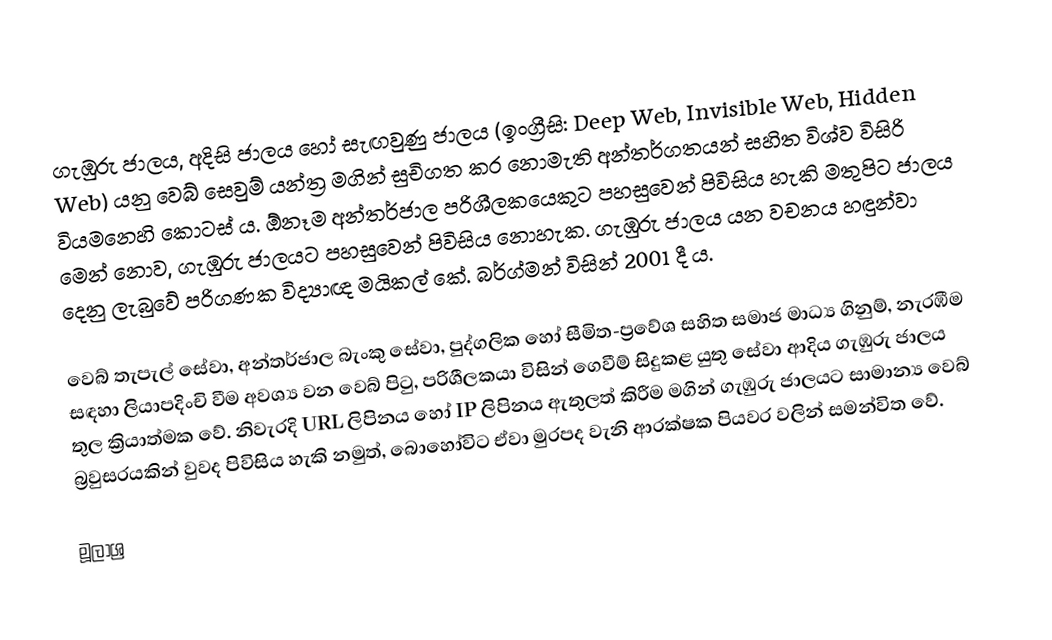
ගැඹුරු ජාලය, අදිසි ජාලය හෝ සැඟවුණු ජාලය (ඉංග්‍රීසි: Deep Web, Invisible Web, Hidden Web) යනු වෙබ් සෙවුම් යන්ත්‍ර‍ මගින් සුචිගත කර නොමැති අන්තර්ගතයන් සහිත විශ්ව විසිරි වියමනෙහි කොටස් ය. ඕනෑම අන්තර්ජාල පරිශීලකයෙකුට පහසුවෙන් පිවිසිය හැකි මතුපිට ජාලය මෙන් නොව, ගැඹුරු ජාලයට පහසුවෙන් පිවිසිය නොහැක. ගැඹුරු ජාලය යන වචනය හඳුන්වා දෙනු ලැබුවේ පරිගණක විද්‍යාඥ මයිකල් කේ. බර්ග්මන් විසින් 2001 දී ය.

වෙබ් තැපැල් සේවා, අන්තර්ජාල බැංකු සේවා, පුද්ගලික හෝ සීමිත-ප්‍රවේශ සහිත සමාජ මාධ්‍ය ගිනුම්, නැරඹීම සඳහා ලියාපදිංචි වීම අවශ්‍ය වන වෙබ් පිටු, පරිශීලකයා විසින් ගෙවීම් සිදුකළ යුතු සේවා ආදිය ගැඹුරු ජාලය තුල ක්‍රියාත්මක වේ. නිවැරදි URL ලිපිනය හෝ IP ලිපිනය ඇතුලත් කිරීම මගින් ගැඹුරු ජාලයට සාමාන්‍ය වෙබ් බ්‍රවුසරයකින් වුවද පිවිසිය හැකි නමුත්, බොහෝවිට ඒවා මුරපද වැනි ආරක්ෂක පියවර වලින් සමන්විත වේ.

මූලාශ්‍ර